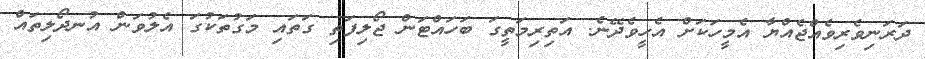
ދަރަނިވެރިވެއްޖެއްޔާ އެމީހަކަށް އެހީވެދޭނެ. އަތިރިމަތީގަ ބަހައްޓަން ޖޯލިފަތި ގަތައި މަގުތަކުގަ އެލުވަން އުނދޯލިތައް